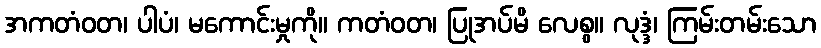
အကတံဝတ၊ ပါပံ၊ မကောင်းမှုကို။ ကတံဝတ၊ ပြုအပ်မိ လေစွ။ လုဒ္ဒံ၊ ကြမ်းတမ်းသော